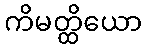
ကိမတ္ထိယော